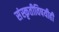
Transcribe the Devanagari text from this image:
संस्कृतीविषयीही